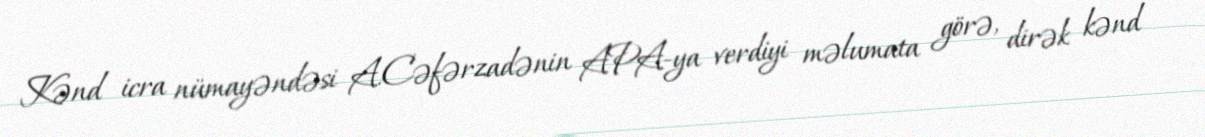
Kənd icra nümayəndəsi A.Cəfərzadənin APA-ya verdiyi məlumata görə, dirək kənd